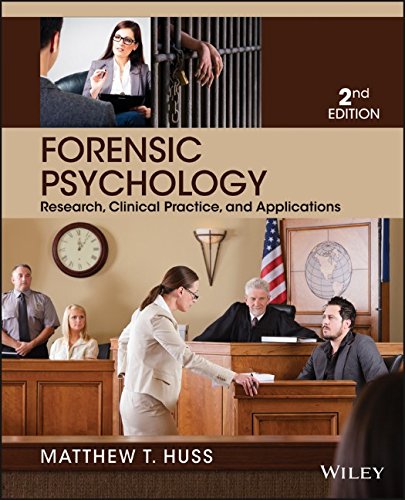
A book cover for Forensic Psychology; Matthew T. Huss; Medical Books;